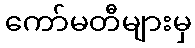
ကော်မတီများမှ